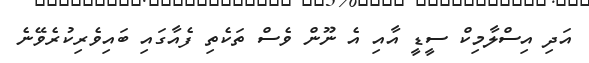
އަދި އިސްލާމިކް ސީޑީ އާއި އެ ނޫން ވެސް ތަކެތި ފެއާގައި ބައިވެރިކުރެވޭނެ